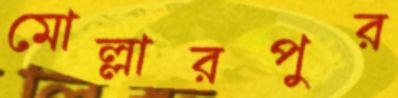
মোল্লারপুর